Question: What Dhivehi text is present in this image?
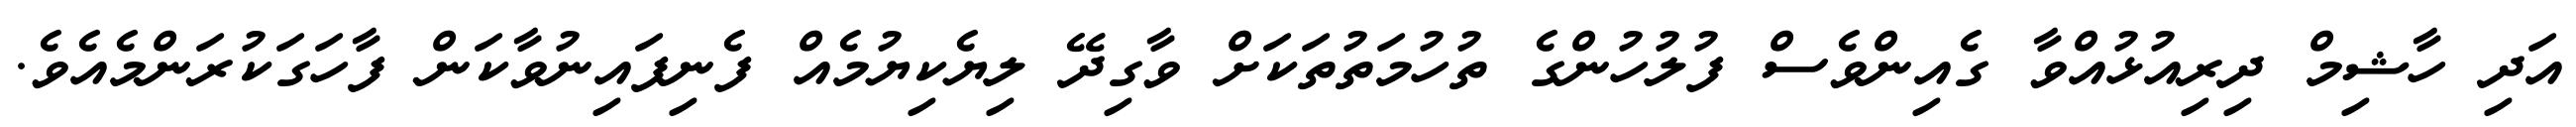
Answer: އަދި ހާޝިމް ދިރިއުޅުއްވާ ގެއިންވެސް ފުލުހުންގެ ތުހުމަތުތަކަށް ވާގިދޭ ލިޔެކިޔުމެއް ފެނިފައިނުވާކަން ފާހަގަކުރަންމެއެވެ.